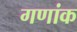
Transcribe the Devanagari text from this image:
गणांक